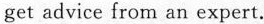
get advice from an expert.